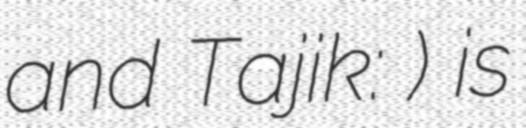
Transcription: and Tajik: Водиф) is